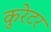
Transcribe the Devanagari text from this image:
कुरेटर